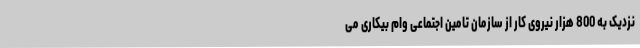
نزدیک به 800 هزار نیروی کار از سازمان تامین اجتماعی وام بیکاری می